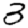
Digit: 3